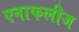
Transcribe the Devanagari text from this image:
एनाफलीज